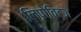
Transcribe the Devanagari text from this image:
लिपोविट्ज